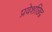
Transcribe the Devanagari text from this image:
प्रवेशछिद्र